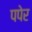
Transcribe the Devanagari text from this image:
पपेर